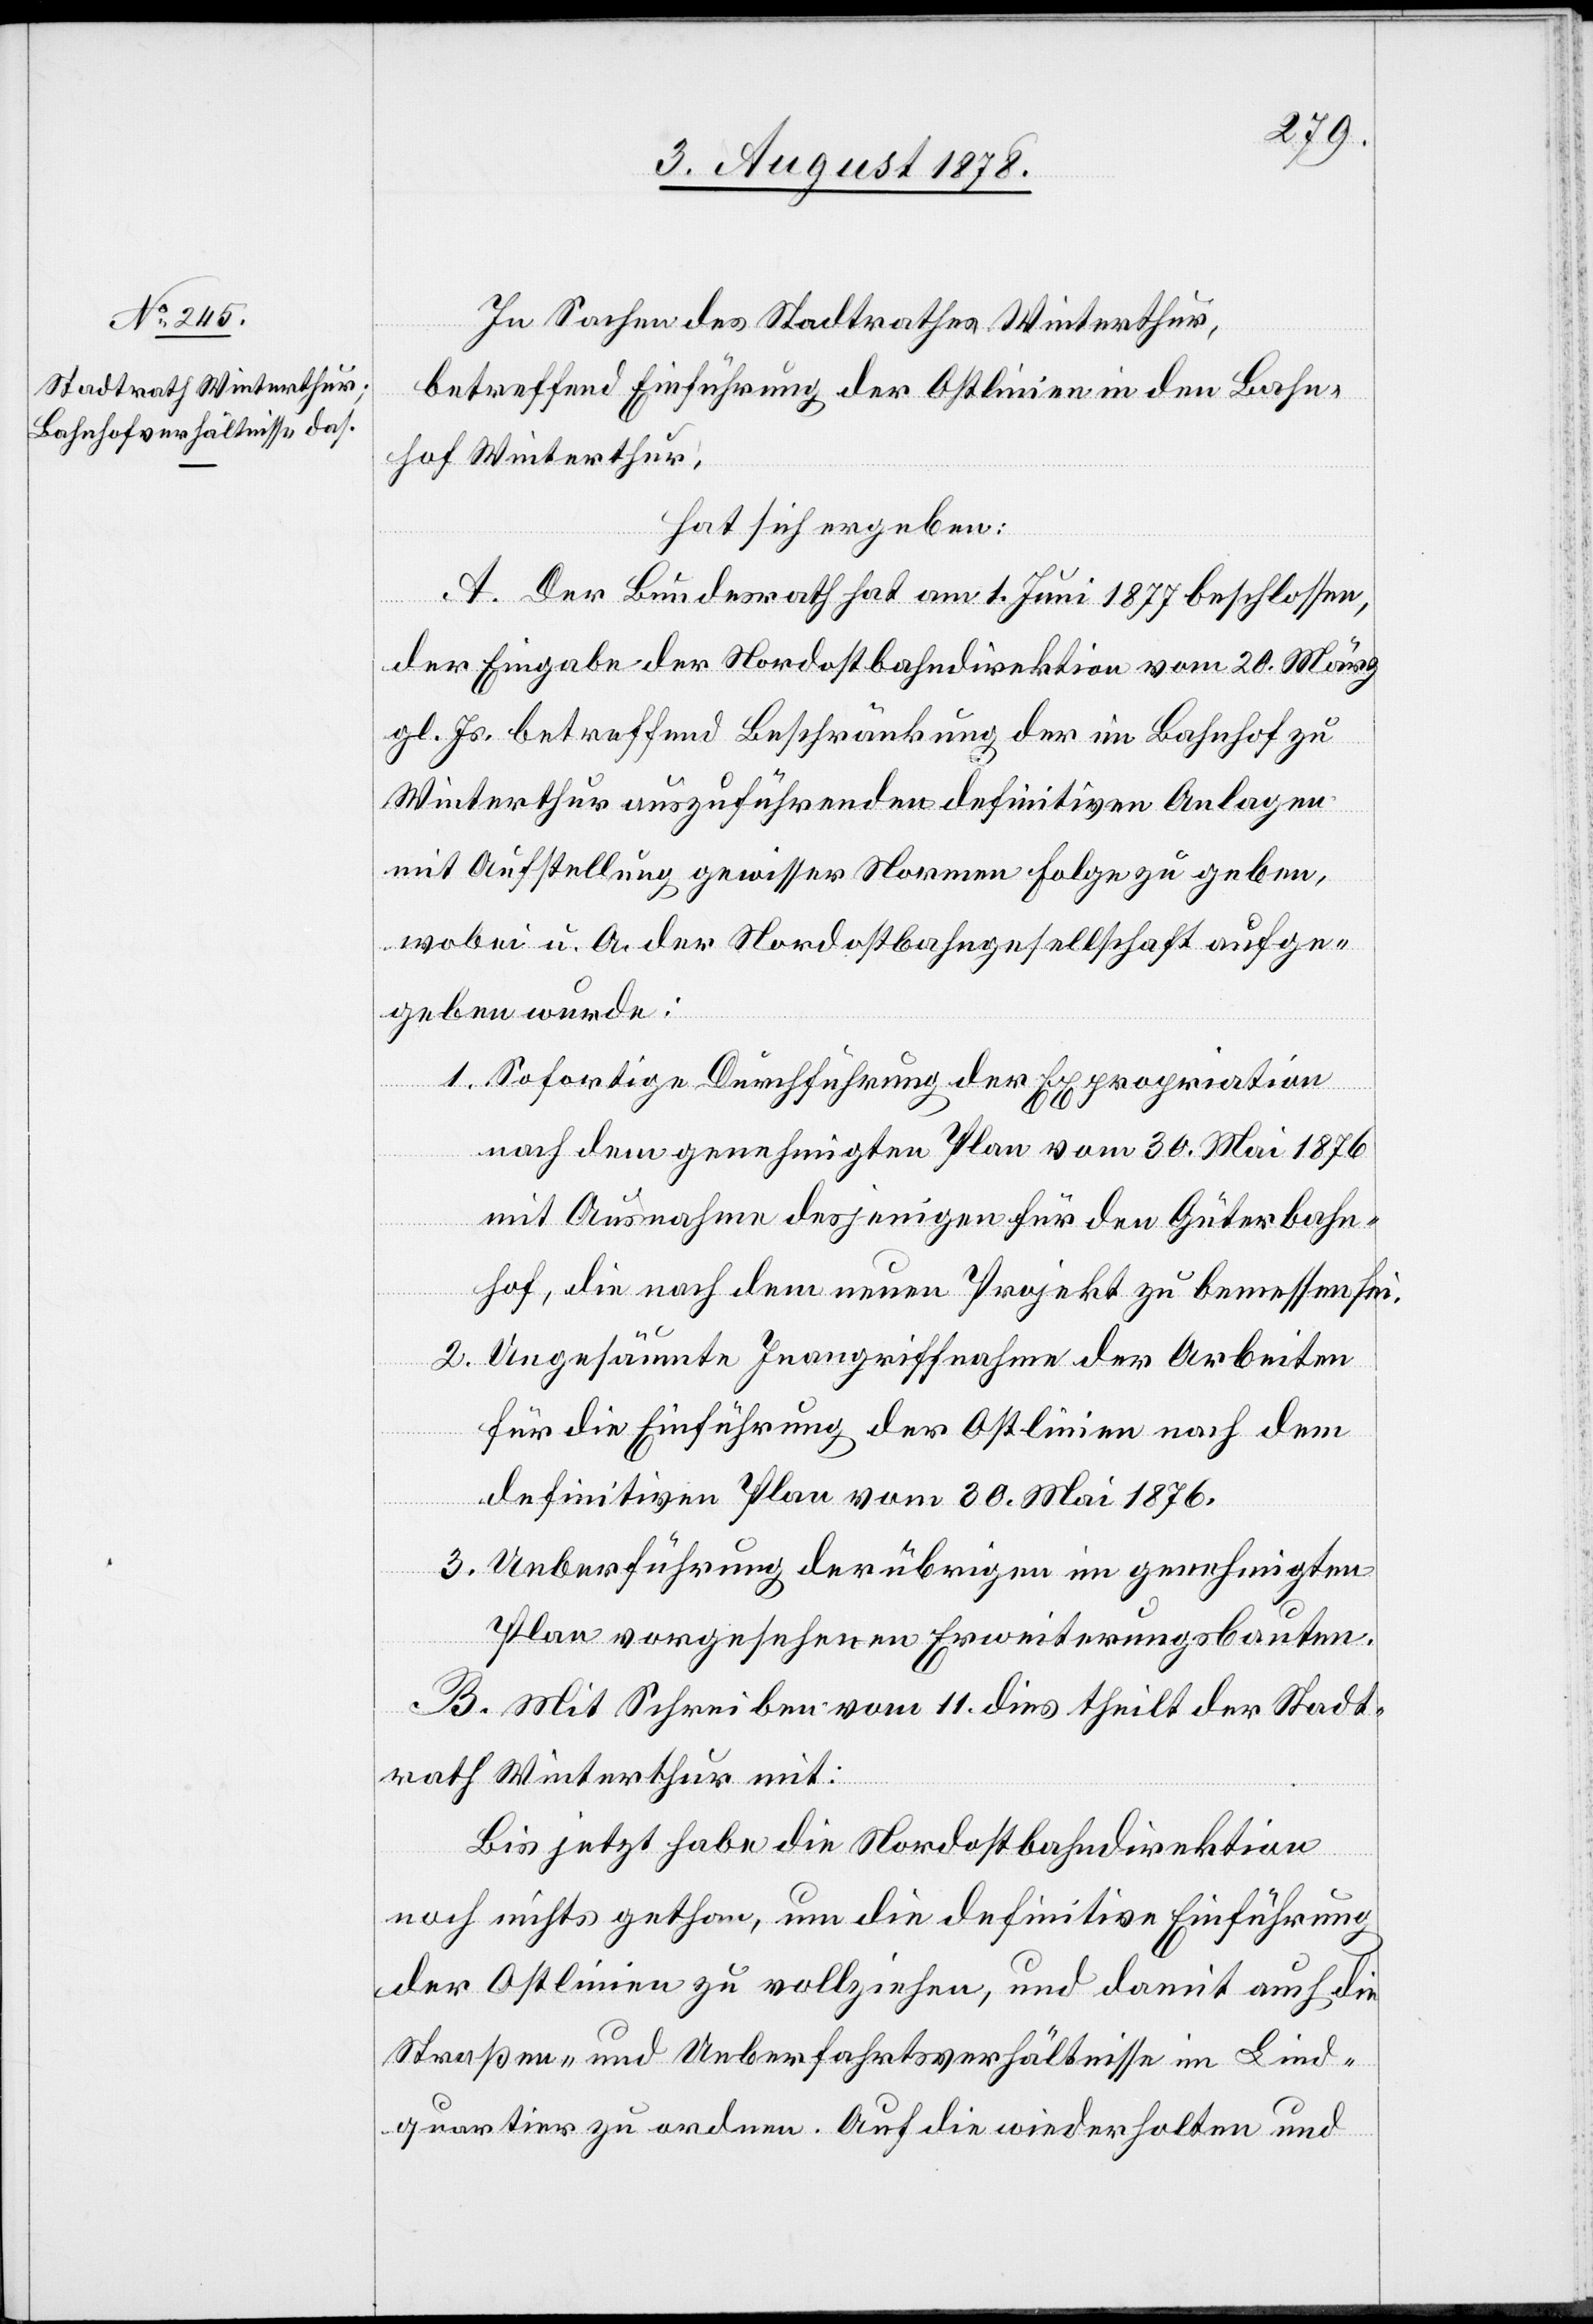
In Sachen des Stadtrathes Winterthur,
betreffend Einführung der Ostlinien in den Bahn¬
hof Winterthur,
hat sich ergeben:
A. Der Bundesrath hat am 1. Juni 1877 beschlossen,
der Eingabe der Nordostbahndirektion vom 20. März
gl. Js. betreffend Beschränkung der im Bahnhof zu
Winterthur auszuführenden definitiven Anlagen
mit Aufstellung gewisser Normen Folge zu geben,
wobei u. A. der Nordostbahngesellschaft aufge¬
geben wurde:
1. Sofortige Durchführung der Expropriation
nach dem genehmigten Plan vom 30. Mai 1876
mit Ausnahme desjenigen für den Güterbahn¬
hof, die nach dem neuen Projekt zu bemessen sei.
2. Ungesäumte Inangriffnahme der Arbeiten
für Einführung der Ostlinien nach dem
definitiven Plan vom 30. Mai 1876.
3. Ueberführung der übrigen im genehmigten
Plan vorgesehenen Erweiterungsbauten.
B. Mit Schreiben vom 11. dies theilt der Stadt¬
rath Winterthur mit:
Bis jetzt habe die Nordostbahndirektion
noch nichts gethan, um die definitive Einführung
der Ostlinien zu vollziehen, und damit auch die
Straßen- und Ueberfahrsverhältnisse im Lind¬
quartier zu ordnen. Auf die wiederholten und